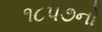
૧૮પ૭નો